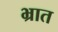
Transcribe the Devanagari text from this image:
भ्रात